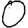
Digit: 0